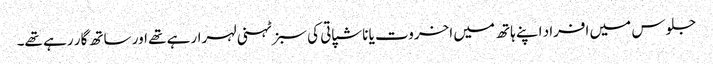
جلوس میں افراد اپنے ہاتھ میں اخروت یا ناشپاتی کی سبز ٹہنی لہرارہے تھے اور ساتھ گار رہے تھے۔